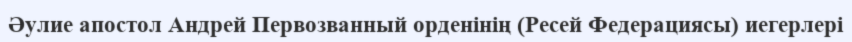
Әулие апостол Андрей Первозванный орденінің (Ресей Федерациясы) иегерлері